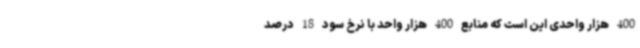
400 هزار واحدی این است که منابع 400 هزار واحد با نرخ سود 18 درصد